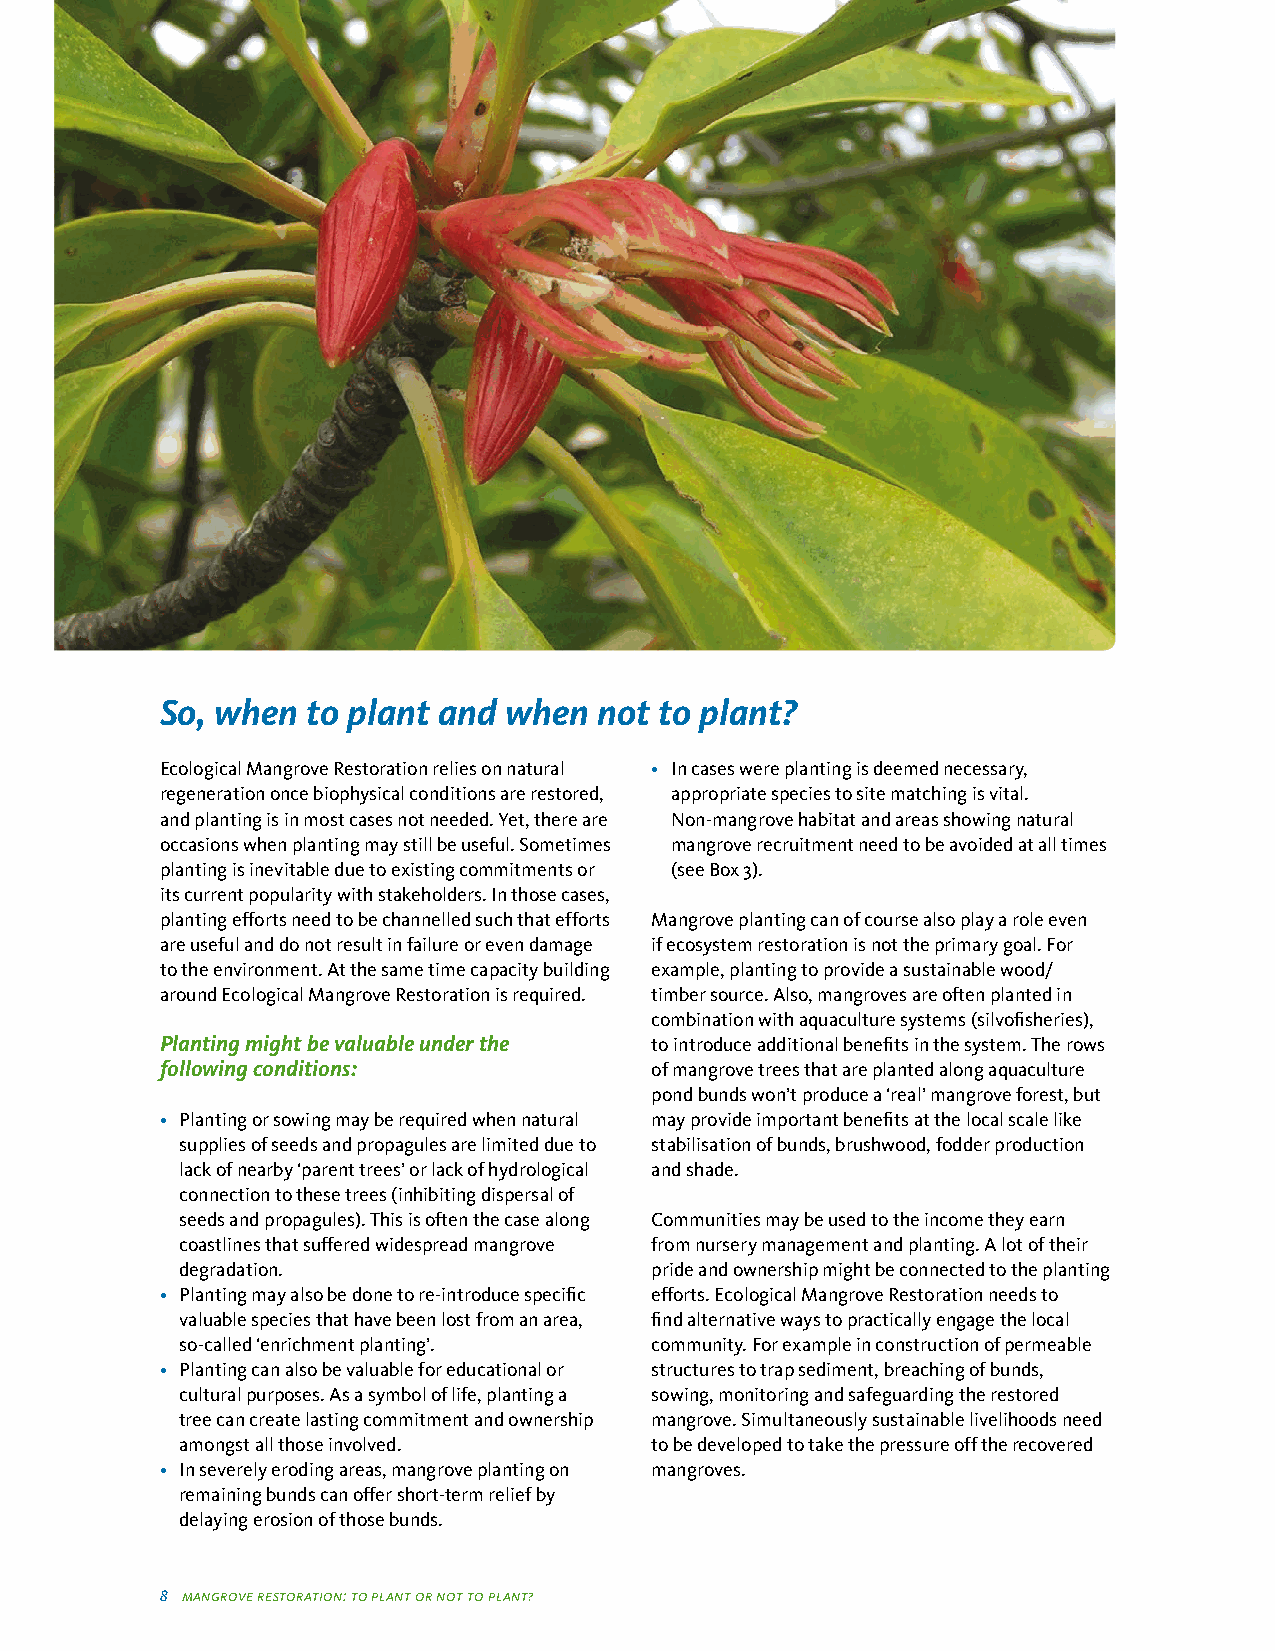
So, when to plant and when   not to plant?
 Ecological Mangrove Restoration relies on natural • In cases were planting is deemed necessary,
 regeneration once biophysical conditions are restored, appropriate species to site matching is vital.
 and planting is in most cases not needed. Yet, there are Non-mangrove habitat and areas showing natural
 occasions when planting may still be useful. Sometimes mangrove recruitment need to be avoided at all times
 planting is inevitable due to existing commitments or (see Box 3).
 its current popularity with stakeholders. In those cases,
 planting efforts need to be channelled such that efforts Mangrove planting can of course also play a role even
 are useful and do not result in failure or even damage if ecosystem restoration is not the primary goal. For
 to the environment. At the same time capacity building example, planting to provide a sustainable wood/
 around Ecological Mangrove Restoration is required. timber source. Also, mangroves are often planted in
 combination with aquaculture systems (silvofisheries),
 Planting might be valuable under the to introduce additional benefits in the system. The rows
 following conditions:           of mangrove trees that are planted along aquaculture
 pond bunds won’t produce a ‘real’ mangrove forest, but
 • Planting or sowing may be required when natural may provide important benefits at the local scale like
 supplies of seeds and propagules are limited due to stabilisation of bunds, brushwood, fodder production
 lack of nearby ‘parent trees’ or lack of hydrological and shade.
 connection to these trees (inhibiting dispersal of
 seeds and propagules). This is often the case along Communities may be used to the income they earn
 coastlines that suffered widespread mangrove from nursery management and planting. A lot of their
 degradation.                   pride and ownership might be connected to the planting
 • Planting may also be done to re-introduce specific efforts. Ecological Mangrove Restoration needs to
 valuable species that have been lost from an area, find alternative ways to practically engage the local
 so-called ‘enrichment planting’. community. For example in construction of permeable
 • Planting can also be valuable for educational or structures to trap sediment, breaching of bunds,
 cultural purposes. As a symbol of life, planting a sowing, monitoring and safeguarding the restored
 tree can create lasting commitment and ownership mangrove. Simultaneously sustainable livelihoods need
 amongst all those involved.    to be developed to take the pressure off the recovered
 • In severely eroding areas, mangrove planting on mangroves.
 remaining bunds can offer short-term relief by
 delaying erosion of those bunds.
 8 mangrove restoration: to plant or not to plant?